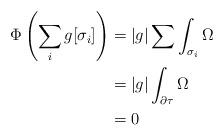
LaTeX: \begin{align*}\Phi\left(\sum_i g[\sigma_i]\right) &= |g|\sum \int_{\sigma_i}\Omega \\&= |g| \int_{\partial \tau}\Omega \\&= 0\end{align*}